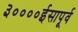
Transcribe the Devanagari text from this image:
३००००ईसापूर्व